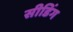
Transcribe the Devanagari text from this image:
सीडिंग